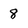
Character: 8